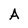
Character: A